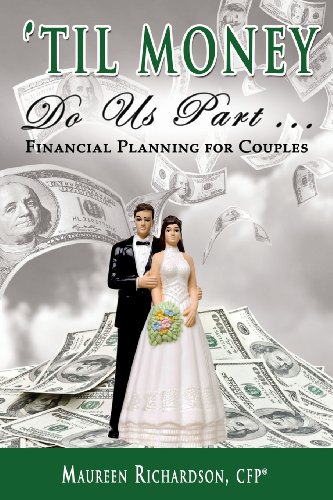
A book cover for Til Money Do Us Part: Financial Planning for Couples; Maureen Richardson; Business & Money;